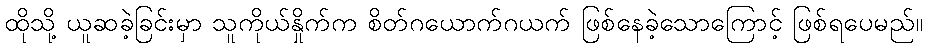
ထိုသို့ ယူဆခဲ့ခြင်းမှာ သူကိုယ်နှိုက်က စိတ်ဂယောက်ဂယက် ဖြစ်နေခဲ့သောကြောင့် ဖြစ်ရပေမည်။